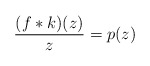
\begin{align*}\frac{(f*k)(z)}{z}=p(z)\end{align*}